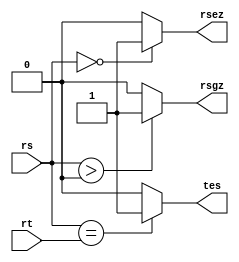
`timescale 1ns / 1ps

module BranchCheck(rs, rt, rsgz, tes, rsez);   
//                       rs > 0, rt = rs, rs == 0

input signed [31:0] rs, rt;
output reg rsgz, tes, rsez;
// check equality
initial begin
    rsgz <= 0;
    rsez <= 0;
    tes <= 0;
end

always@(*) begin
    if (rs == rt)       // rs = rt
        tes <= 1;
    else
        tes <= 0;    

    if (rs > 0)         // rs > 0
        rsgz <= 1;
    else
        rsgz <= 0;

    if (rs == 0)        // rs = 0
        rsez <= 1;
    else
        rsez <= 0;
end

endmodule